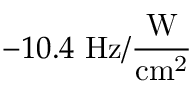
- 1 0 . 4 ~ \mathrm { H z / \frac { W } { c m ^ { 2 } } }